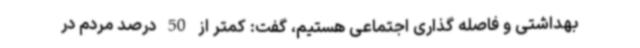
بهداشتی و فاصله گذاری اجتماعی هستیم، گفت: کمتر از 50 درصد مردم در